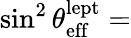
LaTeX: \sin^{2}\theta_{\mathrm{eff}}^{\mathrm{lept}}=